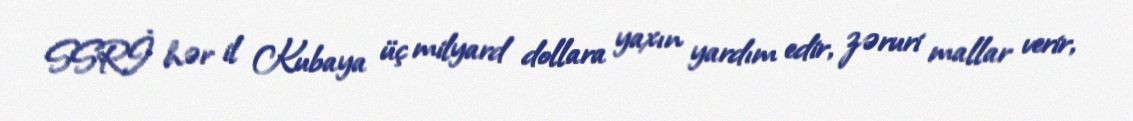
SSRİ hər il Kubaya üç milyard dollara yaxın yardım edir, zəruri mallar verir,